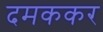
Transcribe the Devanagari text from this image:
दमककर